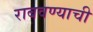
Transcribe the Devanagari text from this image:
राबवण्याची